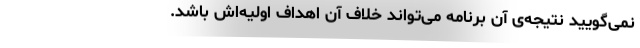
نمی‌گویید نتیجه‌ی آن برنامه می‌تواند خلاف آن اهداف اولیه‌اش باشد.